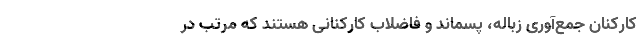
کارکنان جمع‌آوری زباله، پسماند و فاضلاب کارکنانی هستند که مرتب در